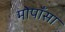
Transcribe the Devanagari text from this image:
मोपाँसा